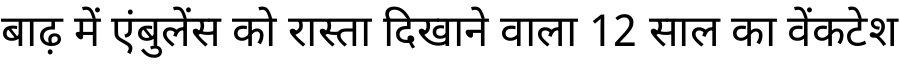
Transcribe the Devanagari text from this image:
बाढ़ में एंबुलेंस को रास्ता दिखाने वाला 12 साल का वेंकटेश